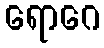
ရောဂေ